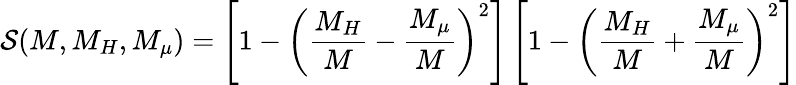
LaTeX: {\cal S}(M,M_{H},M_{\mu})=\left[1-\left({\frac{M_{H}}M}-{\frac{M_{\mu}}M}\right)^{2}\right]\left[1-\left({\frac{M_{H}}M}+{\frac{M_{\mu}}M}\right)^{2}\right]